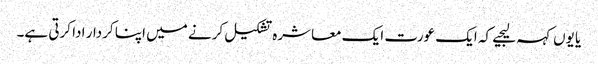
یا یوں کہہ لیجیے کہ ایک عورت ایک معاشرہ تشکیل کرنے میں اپنا کردار ادا کرتی ہے۔